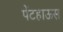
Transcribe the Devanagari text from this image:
पेंटहाऊस